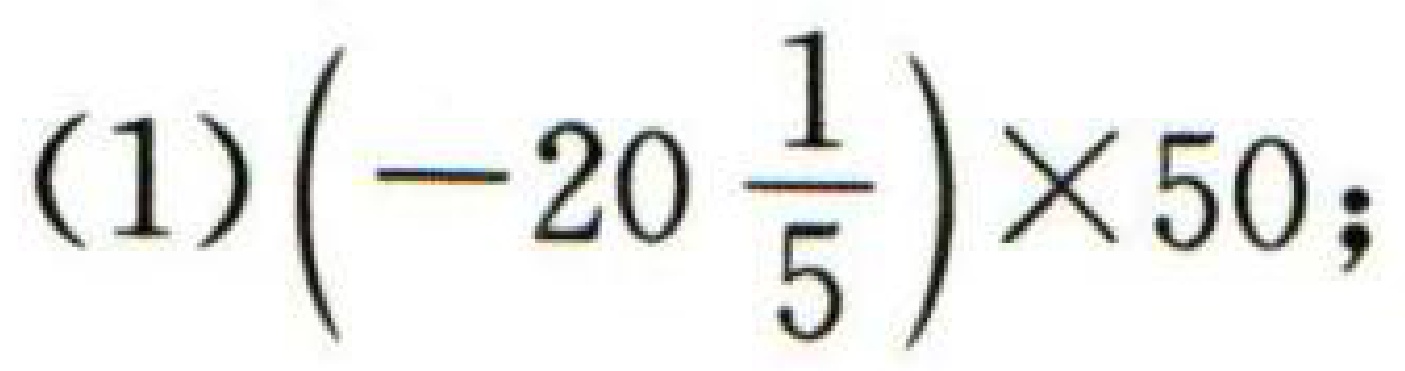
(1)\(\left(-20\frac{1}{5}\right)\times50\);